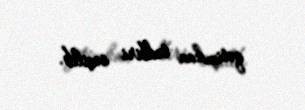
qətimkan tədbiri seçilib.